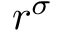
r ^ { \sigma }